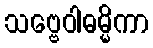
သဗ္ဗေဝါဓမ္မိကာ